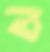
ব